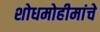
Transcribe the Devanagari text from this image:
शोधमोहीमांचे